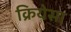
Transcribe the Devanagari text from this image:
क्रियेसा